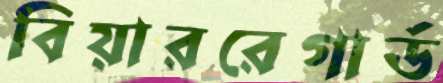
বিয়াররেগার্ড